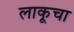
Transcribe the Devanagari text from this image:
लाकूचा